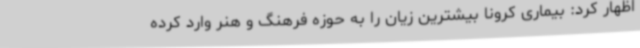
اظهار کرد: بیماری کرونا بیشترین زیان را به حوزه فرهنگ و هنر وارد کرده